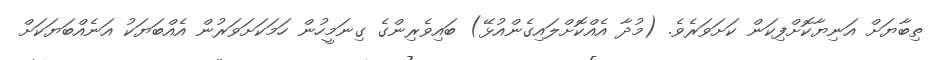
ތިބާޔަށް އަނިޔާކޮށްފިކަން ކަށަވަރެވެ. (މުދާ އެއްކޮށްލައިގެންއުޅޭ) ބައިވެރިންގެ ގިނަމީހުން ހަމަކަށަވަރުން އެއްބަޔަކު އަނެއްބަޔަކަށް